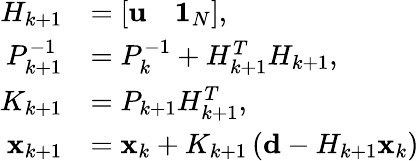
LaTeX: \begin{array}{rl}{H_{k+1}}&{=\left[\begin{array}{ll}{{\mathbf u}}&{{\mathbf 1}_{N}}\end{array}\right],}\\ {P_{k+1}^{-1}}&{=P_{k}^{-1}+H_{k+1}^{T}H_{k+1},}\\ {K_{k+1}}&{=P_{k+1}H_{k+1}^{T},}\\ {{\mathbf x}_{k+1}}&{={\mathbf x}_{k}+K_{k+1}\left({\mathbf d}-H_{k+1}{\mathbf x}_{k}\right)}\end{array}